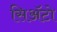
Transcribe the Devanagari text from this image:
सिअॅटो